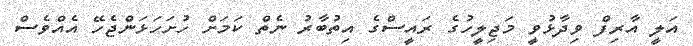
އަލީ އާރިފް ވިދާޅުވީ މަޖިލީހުގެ ރައީސްގެ އިތުބާރު ނެތް ކަމަށް ހުށަހަޅަންޖެހޭ އެއްވެސް